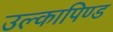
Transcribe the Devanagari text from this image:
उल्‍कापिण्‍ड